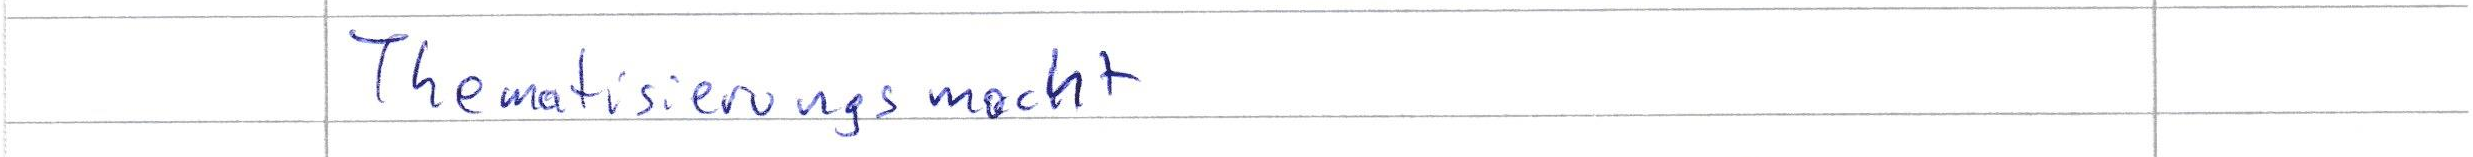
Thematisierungsmacht